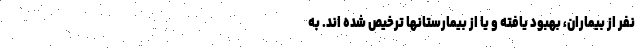
نفر از بیماران، بهبود یافته و یا از بیمارستانها ترخیص شده اند. به